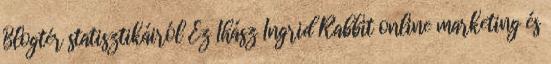
Blogtér statisztikáiról Ez Ihász Ingrid Rabbit online marketing és